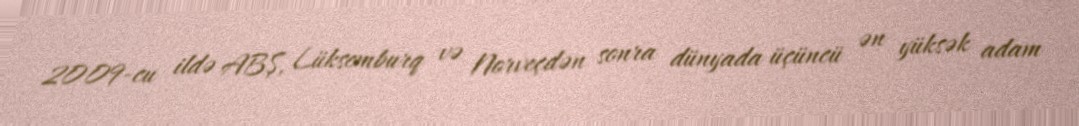
2009-cu ildə ABŞ, Lüksemburq və Norveçdən sonra dünyada üçüncü ən yüksək adam